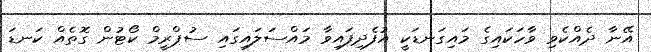
އޭނާ ދެއްކެވި ވާހަކައިގެ މައިގަނޑަކީ އުފެދިފައިވާ މައްސަލައިގައި ސުޕްރީމް ކޯޓުން ގޮތެއް ކަނޑަ